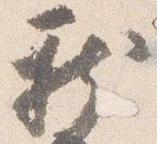
新